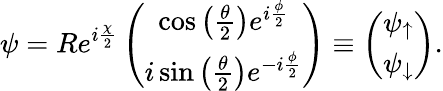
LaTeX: \psi=Re^{i\frac{\chi}{2}}\left(\begin{array}{c}{\cos\left(\frac{\theta}{2}\right)e^{i\frac{\phi}{2}}}\\ {i\sin\left(\frac{\theta}{2}\right)e^{-i\frac{\phi}{2}}}\end{array}\right)\equiv\left(\begin{array}{c}{\psi_{\uparrow}}\\ {\psi_{\downarrow}}\end{array}\right).